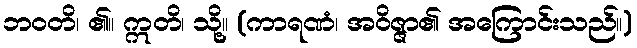
ဘဝတိ၊ ၏။ ဣတိ၊ သို့။ (ကာရဏံ၊ အဝိဇ္ဇာ၏ အကြောင်းသည်။)